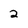
Character: 2